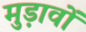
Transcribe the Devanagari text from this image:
मुड़ावों